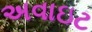
અવાઇટ